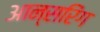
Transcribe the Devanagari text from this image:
आन्सरिंग